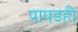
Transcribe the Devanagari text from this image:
पापडही